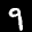
Label: 9